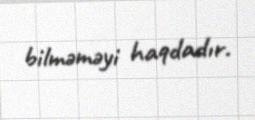
bilməməyi haqdadır.